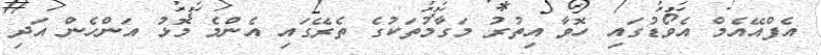
އެފްއޭއެމް އެވޯޑުގައި ހޮވާ އިތުރު މަގާމުތަކުގެ ތެރޭގައި އެންމެ މޮޅު އަންހެން އަދި